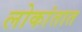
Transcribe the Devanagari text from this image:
लोकांतात